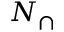
N _ { \cap }